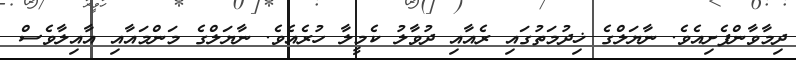
ދިމާވާންފެށިއެވެ. ނާޔަލްގެ ޚިދުމަތުގައި ރެއާއި ދުވާލު ކެމީލާ ހުރެއެވެ. ނާޔަލްގެ މަންމައާއި އާއިލާވެސް